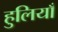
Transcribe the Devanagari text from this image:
हुलियाँ